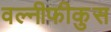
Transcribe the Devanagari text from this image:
वल्नीफीकुस